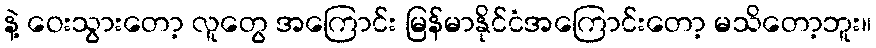
နဲ့ ဝေးသွားတော့ လူတွေ အကြောင်း မြန်မာနိုင်ငံအကြောင်းတော့ မသိတော့ဘူး။